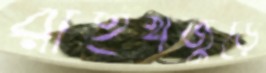
রাইখজুড়ে